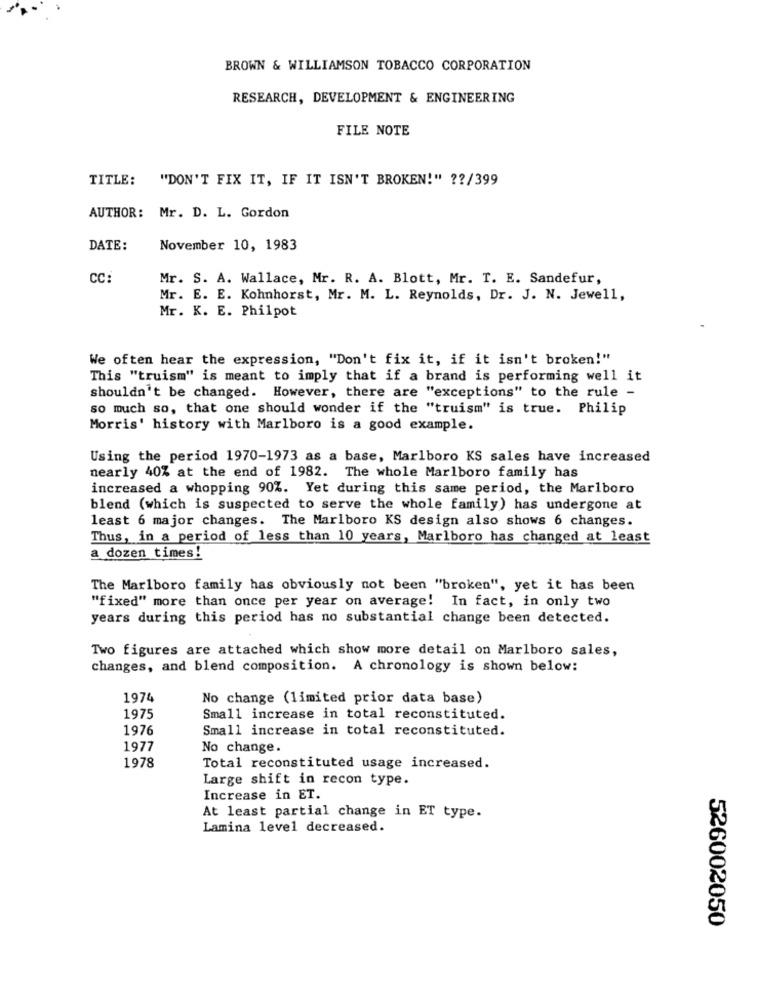
BROWN & WILLIAMSON TOBACCO CORPORATION
RESEARCH, DEVELOPMENT & ENGINEERING
FILE NOTE
TITLE:
"DON'T FIX IT, IF IT ISN'T BROKEN!" ?? /399
AUTHOR: Mr. D. L. Gordon
DATE:
November 10, 1983
CC:
Mr. S. A. Wallace, Mr. R. A. Blott, Mr. T. E. Sandefur,
Mr. E. E. Kohnhorst, Mr. M. L. Reynolds, Dr. J. N. Jewell,
Mr. K. E. Philpot
We often hear the expression, "Don't fix it, if it isn't broken!"
This "truism" is meant to imply that if a brand is performing well it
shouldn't be changed. However, there are "exceptions" to the rule -
so much so, that one should wonder if the "truism" is true. Philip
Morris' history with Marlboro is a good example.
Using the period 1970-1973 as a base, Marlboro KS sales have increased
nearly 40% at the end of 1982. The whole Marlboro family has
increased a whopping 90%. Yet during this same period, the Marlboro
blend (which is suspected to serve the whole family) has undergone at
least 6 major changes. The Marlboro KS design also shows 6 changes.
Thus, in a period of less than 10 years, Marlboro has changed at least
a dozen times!
The Marlboro family has obviously not been "broken", yet it has been
"fixed" more than once per year on average! In fact, in only two
years during this period has no substantial change been detected.
Two figures are attached which show more detail on Marlboro sales,
changes, and blend composition. A chronology is shown below:
1974
No change (limited prior data base)
1975
Small increase in total reconstituted.
1976
Small increase in total reconstituted.
1977
No change.
1978
Total reconstituted usage increased.
Large shift in recon type.
Increase in ET.
At least partial change in ET type.
Lamina level decreased.
526002050